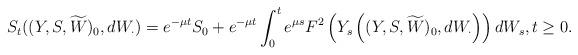
LaTeX: \begin{align*}S_t((Y,S, \widetilde W)_0, dW_\cdot)=e^{-\mu t}S_0+ e^{-\mu t}\int_0^t e^{\mu s} F^2\left(Y_s\left((Y,S,\widetilde W )_0,dW_\cdot\right)\right)dW_s, t\ge0.\end{align*}